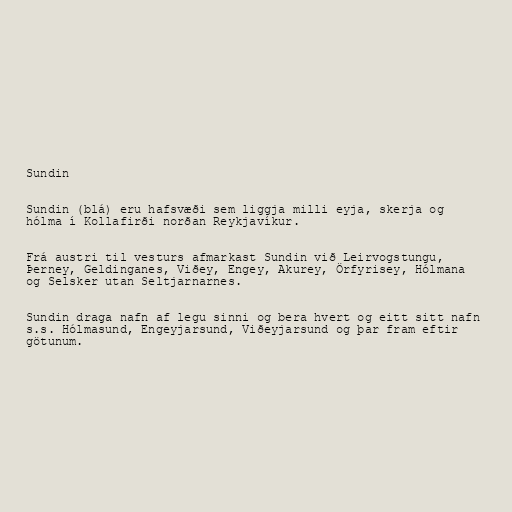
Sundin

Sundin (blá) eru hafsvæði sem liggja milli eyja, skerja og
hólma í Kollafirði norðan Reykjavíkur.

Frá austri til vesturs afmarkast Sundin við Leirvogstungu,
Þerney, Geldinganes, Viðey, Engey, Akurey, Örfyrisey, Hólmana
og Selsker utan Seltjarnarnes.

Sundin draga nafn af legu sinni og bera hvert og eitt sitt nafn
s.s. Hólmasund, Engeyjarsund, Viðeyjarsund og þar fram eftir
götunum.